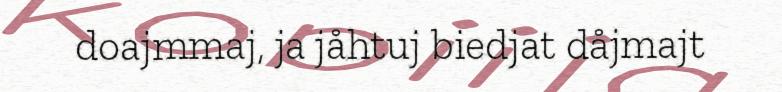
doajmmaj, ja jåhtuj biedjat dåjmajt